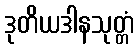
ဒုတိယဒါနသုတ္တံ